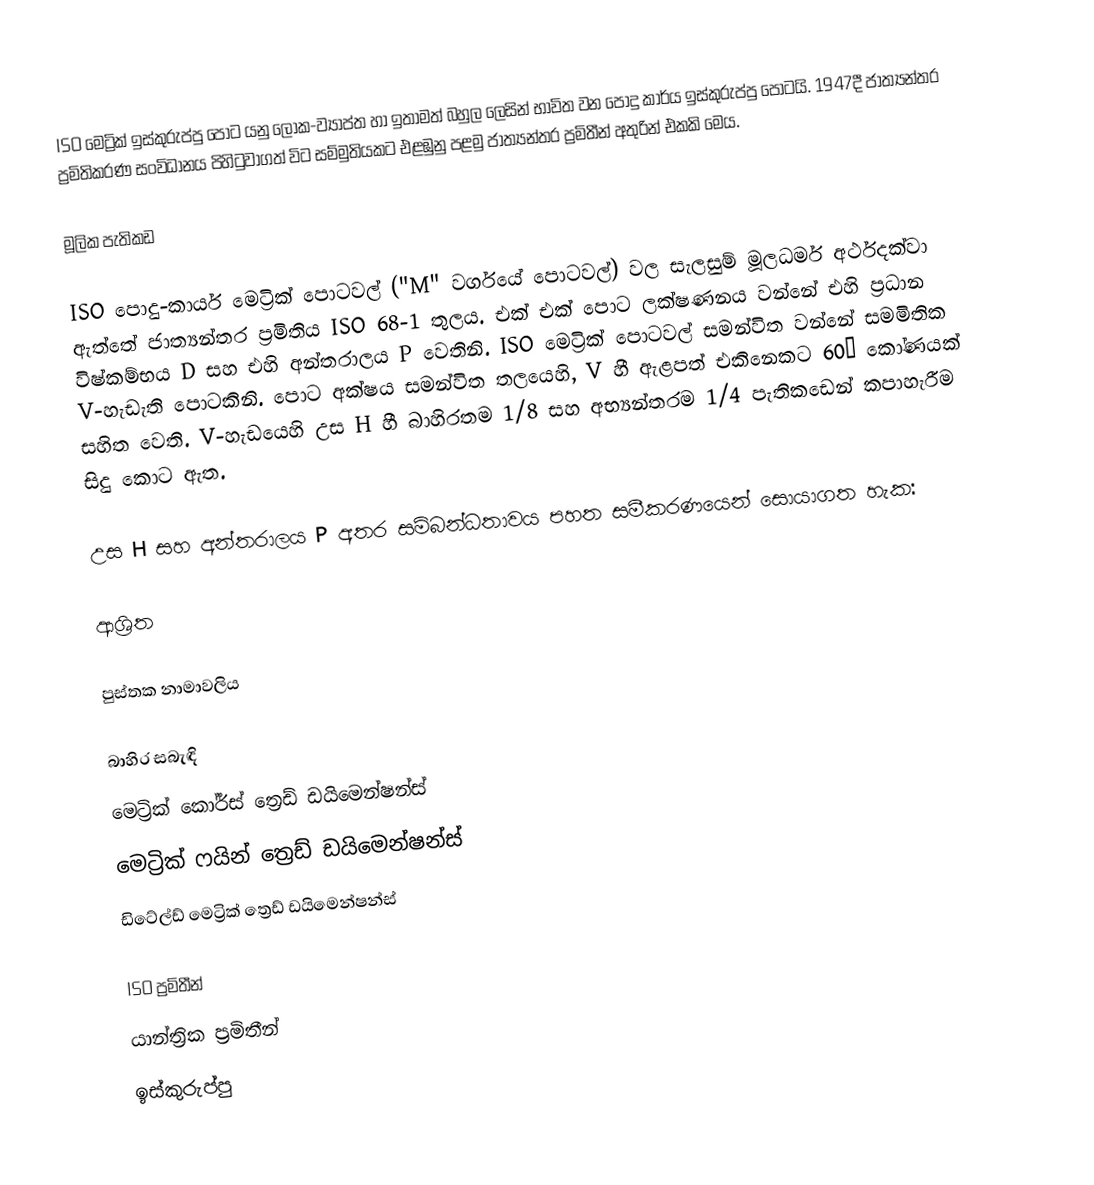
ISO මෙට්‍රික් ඉස්කුරුප්පු පොට යනු ලෝක-ව්‍යාප්ත හා ඉතාමත් බහුල ලෙසින් භාවිත වන පොදු කාර්ය ඉස්කුරුප්පු පොටයි. 1947දී ජාත්‍යන්තර ප්‍රමිතිකරණ සංවිධානය පිහිටුවාගත් විට සම්මුතියකට එළඹුනු පළමු ජාත්‍යන්තර ප්‍රමිතීන් අතුරින් එකකි මෙය.

මූලික පැතිකඩ

ISO පොදු-කාර්ය මෙට්‍රික් ‍පොටවල් ("M" වර්ගයේ පොටවල්) වල සැලසුම් මූලධර්ම අර්ථදක්වා ඇත්තේ ජාත්‍යන්තර ප්‍රමිතිය ISO 68-1 තුලය. එක් එක් පොට ලක්ෂණනය වන්නේ එහි ප්‍රධාන විෂ්කම්භය D සහ එහි අන්තරාලය P වෙතිනි. ISO මෙට්‍රික් පොටවල් සමන්විත වන්නේ සමමිතික V-හැඩැති පොටකිනි. පොට අක්ෂය සමන්විත තලයෙහි,  V හී ඇළපත් එකිනෙකට 60° කෝණයක් සහිත වෙති. V-හැඩයෙහි උස H හී බාහිරතම 1/8  සහ අභ්‍යන්තරම 1/4  පැතිකඩෙන් කපාහැරීම සිදු කොට ඇත.

උස H සහ අන්තරාලය P අතර සම්බන්ධතාවය පහත සමීකරණයෙන් සොයාගත හැක:

ආශ්‍රිත

පුස්තක නාමාවලිය

බාහිර සබැඳි
 මෙට්‍රික් කෝර්ස් ත්‍රෙඩ් ඩයිමෙන්ෂන්ස්
 මෙට්‍රික් ෆයින් ත්‍රෙඩ් ඩයිමෙන්ෂන්ස්
 ඩිටේල්ඩ් මෙට්‍රික් ත්‍රෙඩ් ඩයිමෙන්ෂන්ස්

ISO ප්‍රමිතීන්
යාන්ත්‍රික ප්‍රමිතීන්
ඉස්කුරුප්පු